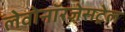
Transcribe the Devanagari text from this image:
लेवोनॉरजेसट्रेल